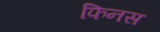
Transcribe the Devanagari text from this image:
फिनस